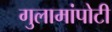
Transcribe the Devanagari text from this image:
गुलामांपोटी